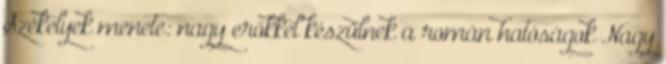
Székelyek menete: nagy erőkkel készülnek a román hatóságok Nagy